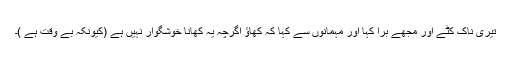
تیری ناک کٹے اور مجھے بُرا کہا اور مہمانوں سے کہا کہ کھاؤ اگرچہ یہ کھانا خوشگوار نہیں ہے (کیونکہ بے وقت ہے )۔